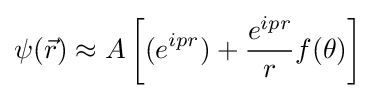
\psi ({\vec {r}})\approx A\left[(e^{ipr})+{\frac {e^{ipr}}{r}}f(\theta )\right]